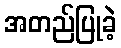
အတည်ပြုခဲ့